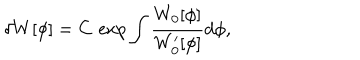
\delta W [ \phi ] = C \, \exp \int \frac { W _ { 0 } [ \phi ] } { W _ { 0 } ^ { \prime } [ \phi ] } d \phi ,